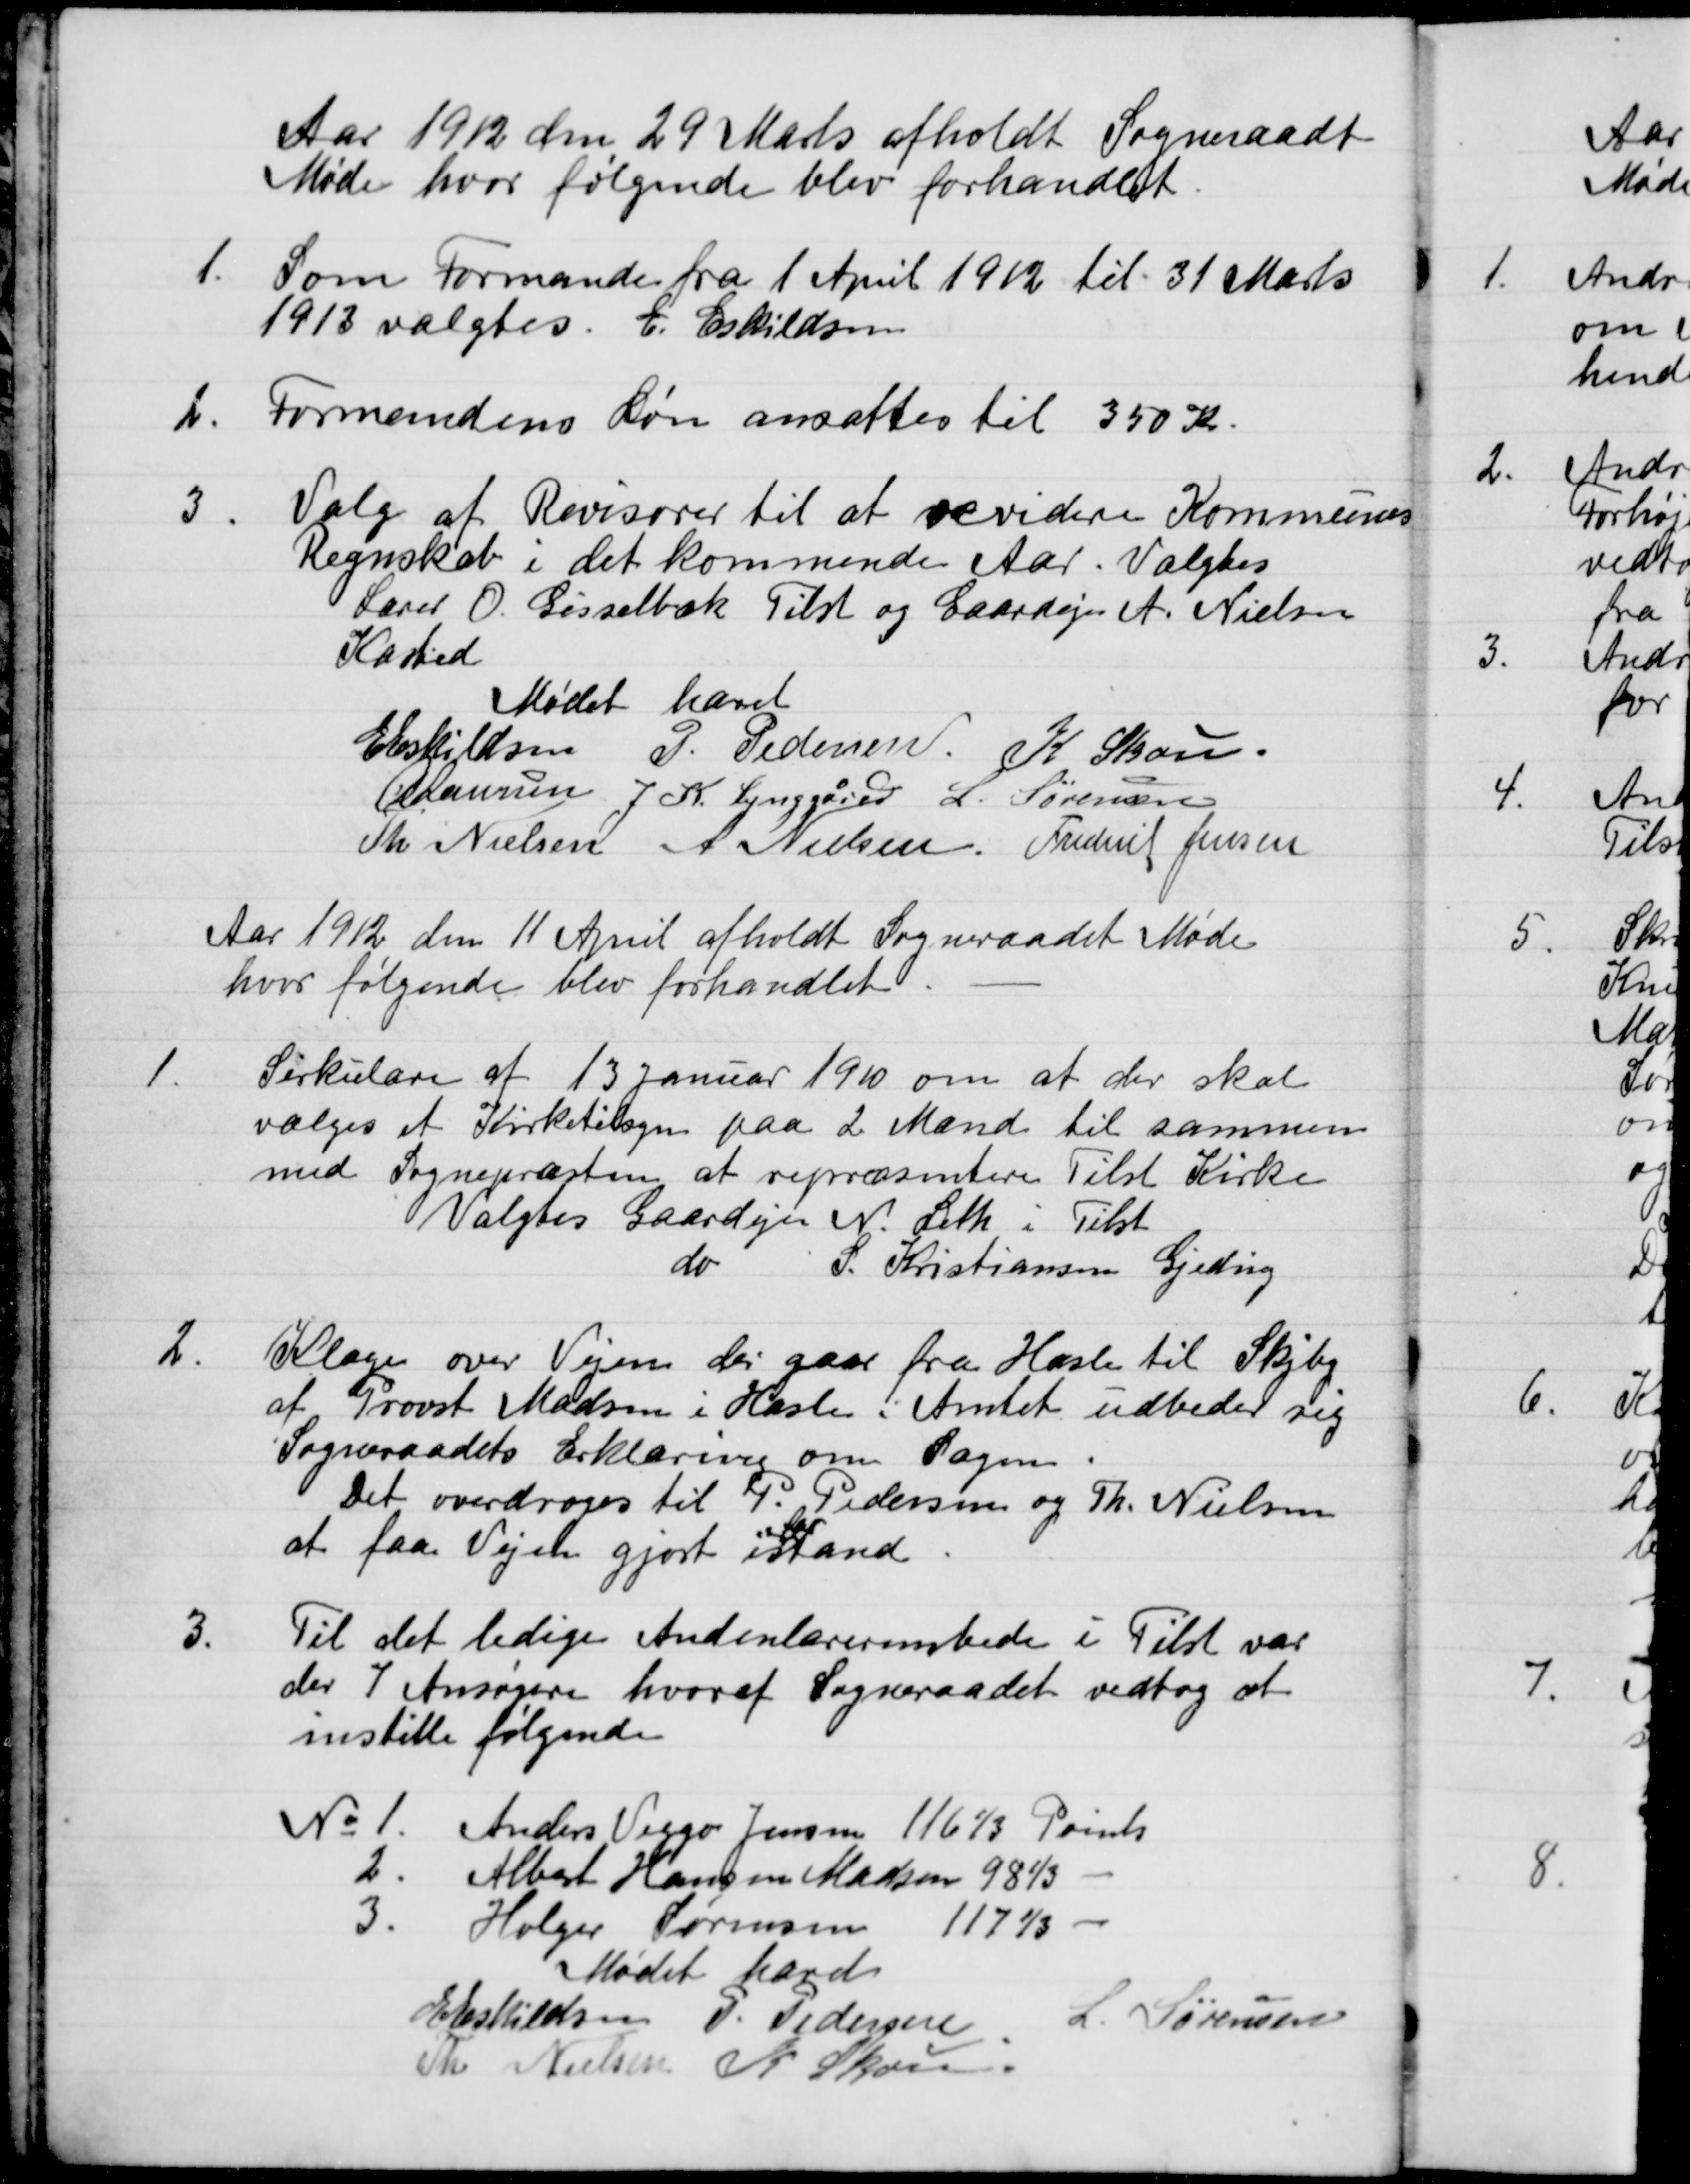
Transskription:
Aar 1912 den 29 Marts afholdt Sogneraadt
Møde hvor følgende blev forhandlet
1.
Som Formanden fra 1 April 1912 til 31 Marts
1913 valgtes E. Eskildsen
2.
Formandens Løn ansattes til 350 Kr.
3.
Valg af Revisorer til at revidere Kommunes
Regnskab i det kommende Aar. Valgtes
Lærer O. Gisselbæk Tilst og Gaardejer A. Nielsen
Kasted
Mødet hævet
Eleskildsen
P. Pedersen
K. Skov.
Laursen
J. K. Lynggren
L. Sørensen
Th. Nielsen
A Nielsen
Frederik Jensen

Aar 1912 den 11 April afholdt Sogneraadet Møde
hvor følgende blev forhandlet
1.
Cirkulære af 13 Januar 1910 om at der skal
vælges et Kirketilsyn paa 2 Mænd til sammen
med Sognepræsten at repræsentere Tilst Kirke
Valgtes Gaardejer N. Leth i Tilst
do
S. Kristiansen Gjeding
2.
Klage over Vejen der gaar fra Haslev til Skjby,
af Provst Madsen i Haslev i Amtet udbeder sig
Sogneraadets Erklæring om Sagen
Det overdroges til P. Pedersen og Th. Nielsen
at faa Vejen gjort i Stand
3.
Til det ledige Andenlærerembede i Tilst var
der 7 Ansøgere hvoraf Sogneraadet vedtog at
instille følgende
No 1. Anders Viggo Jensen 116  Pouls
2. Albert Hansen Madsen 9843
3. Holger Sørensen 1174.
Mødet hævet
Eskildsen
P. Pedersen
L. Sørensen
Th. Nielsen
A Skov